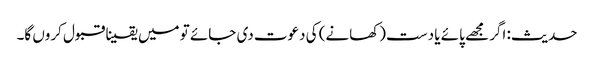
حدیث: اگر مجھے پائے یا دست (کھانے) کی دعوت دی جائے تو میں یقینا قبول کروں گا۔